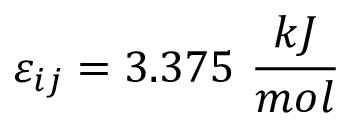
\varepsilon _ { i j } = 3 . 3 7 5 ~ \frac { k J } { m o l }